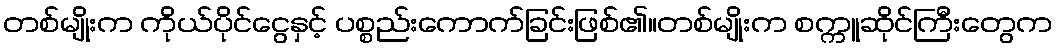
တစ်မျိုးက ကိုယ်ပိုင်ငွေနှင့် ပစ္စည်းကောက်ခြင်းဖြစ်၏။တစ်မျိုးက စက္ကူဆိုင်ကြီးတွေက